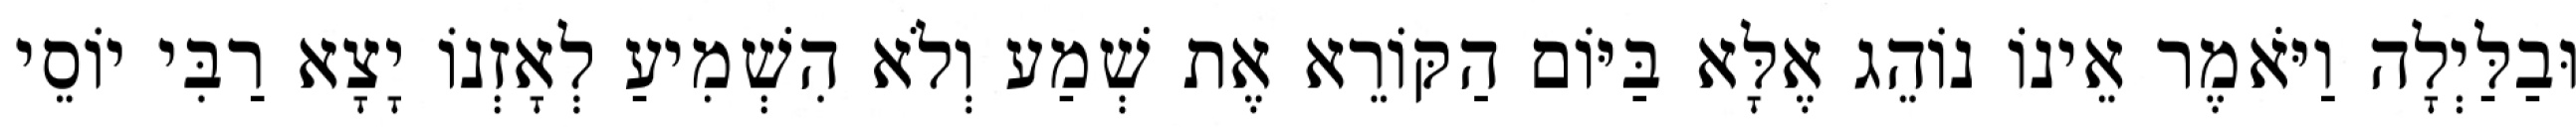
וּבַלַּיְלָה וַיֹּאמֶר אֵינוֹ נוֹהֵג אֶלָּא בַּיּוֹם הַקּוֹרֵא אֶת שְׁמַע וְלֹא הִשְׁמִיעַ לְאָזְנוֹ יָצָא רַבִּי יוֹסֵי